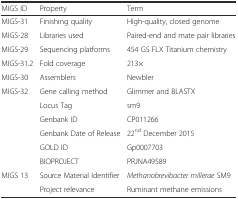
| MIGS ID | Property | Term |
 | --- | --- | --- |
 | MIGS-31 | Finishing quality | High-quality, closed genome |
 | MIGS-28 | Libraries used | Paired-end and mate pair libraries |
 | MIGS-29 | Sequencing platforms | 454 GS FLX Titanium chemistry |
 | MIGS-31.2 | Fold coverage | 213× |
 | MIGS-30 | Assemblers | Newbler |
 | <ROWSPAN=6> MIGS-32 | Gene calling method | Glimmer and BLASTX |
 | Locus Tag | sm9 |
 | Genbank ID | CP011266 |
 | Genbank Date of Release | 22nd December 2015 |
 | GOLD ID | Gp0007703 |
 | BIOPROJECT | PRJNA49589 |
 | <ROWSPAN=2> MIGS 13 | Source Material Identifier | Methanobrevibacter millerae SM9 |
 | Project relevance | Ruminant methane emissions |